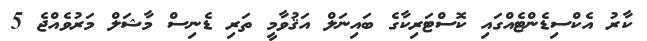
ކާރު އެކްސިޑެންޓެއްގައި ކޮސްޓަރިކާގެ ބައިނަލް އަޤުވާމީ ތަރި ޑެނިސް މާޝަލް މަރުވެއްޖެ 5